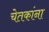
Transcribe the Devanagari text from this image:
चेतकांना